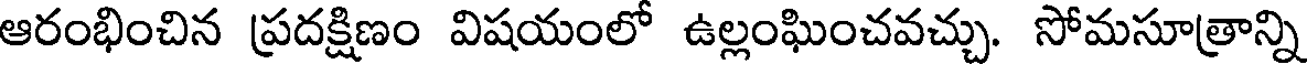
ఆరంభించిన ప్రదక్షిణం విషయంలో ఉల్లంఘించవచ్చు. సోమసూత్రాన్ని